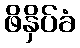
ဖိနှိပ်ခံ